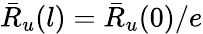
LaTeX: \bar{R}_{u}(l)=\bar{R}_{u}(0)/e